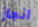
انجاز